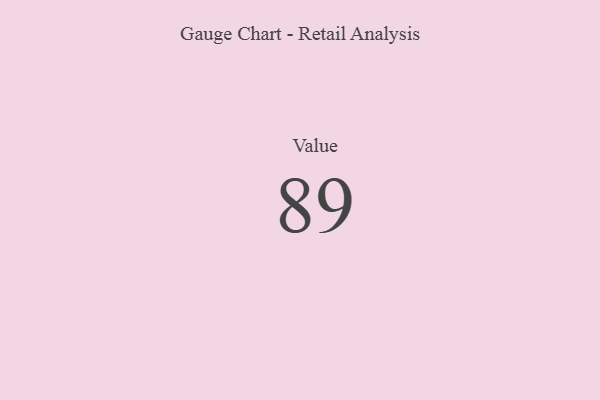
{"axis": {"x": "Metric", "y": "Value"}, "legend": [""], "data": [{"x": "Value", "y": 89, "type": ""}]}